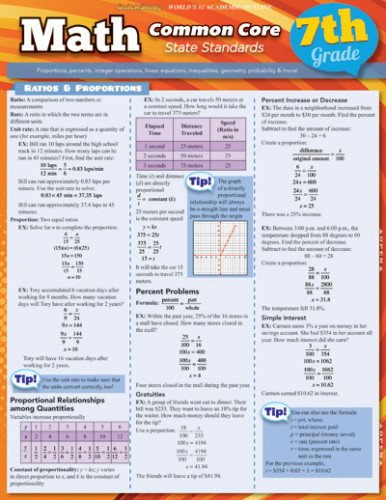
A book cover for Math Common Core 7Th Grade (Quick Study: Academic); Inc. BarCharts; Science & Math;